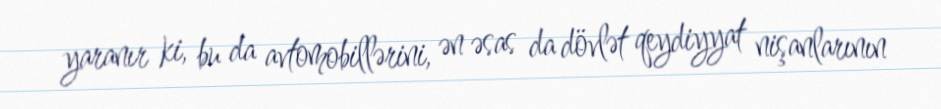
yaranır ki, bu da avtomobillərini, ən əsas da dövlət qeydiyyat nişanlarının